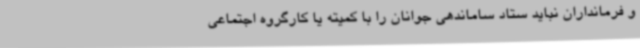
و فرمانداران نباید ستاد ساماندهی جوانان را با کمیته یا کارگروه اجتماعی